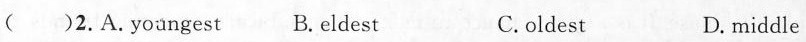
( )2.A. yoangest B.eldest C.oldest D. middle